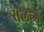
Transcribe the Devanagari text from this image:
संलन्ग